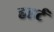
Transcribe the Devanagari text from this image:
हडर्ट